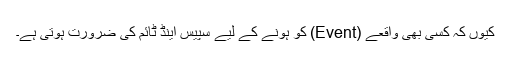
کیوں کہ کسی بھی واقعے (Event) کو ہونے کے لیے سپیس اینڈ ٹائم کی ضرورت ہوتی ہے۔